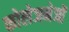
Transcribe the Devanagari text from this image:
कोलेजनेजों